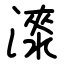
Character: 𣾰